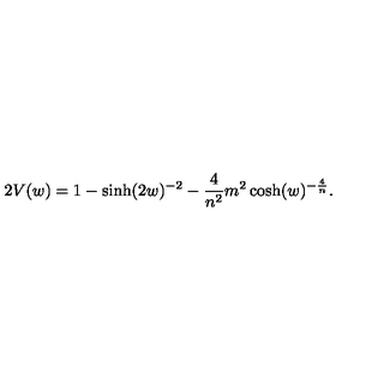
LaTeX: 2 V ( w ) = 1 - \sinh ( 2 w ) ^ { - 2 } - \frac { 4 } { n ^ { 2 } } m ^ { 2 } \cosh ( w ) ^ { - \frac { 4 } { n } } .